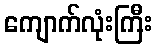
ကျောက်လုံးကြီး